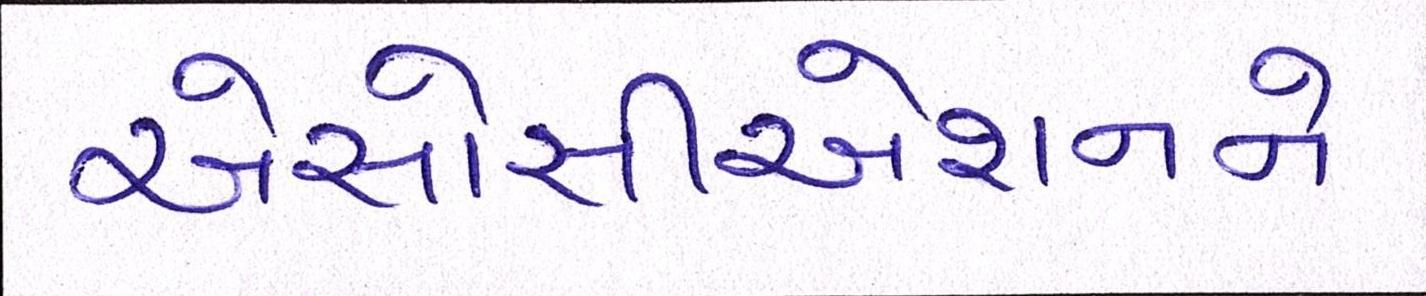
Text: એસોસીએશનને